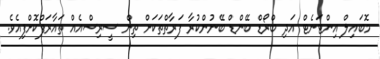
މޮބައިލް އިންޓަނެޓް އަދި ބްރޯޑް ބޭންޑް ބޭނުންކުރާ ފަރާތްތަކަށް ތިން ސީރިސްއެއް ތައާރަފްކޮށްފިއެވެ.